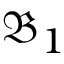
\mathfrak { B } _ { 1 }